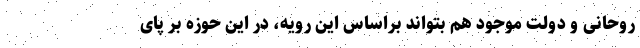
روحانی و دولت موجود هم بتواند براساس این رویه، در این حوزه بر پای